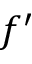
f ^ { \prime }